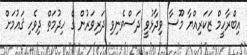
އިބްރާހީމް ޒަކަރިއްޔާ މޫސާ ވިދާޅުވީ ދަސްވެނިވި ދަރިވަރުން ގެ ހިދުމަތް ދިވެހި ޤައުމަށް